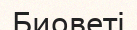
Биоветі